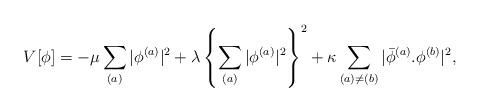
LaTeX: \begin{align*}V[\phi] = -\mu \sum_{(a)} |\phi^{(a)}|^2 + \lambda \left\{ \sum_{(a)} |\phi^{(a)}|^2 \right\}^2 + \kappa \sum_{(a) \neq (b)} |\bar{\phi}^{(a)} .\phi^{(b)}|^2,\end{align*}